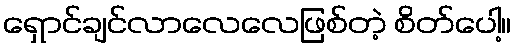
ရှောင်ချင်လာလေလေဖြစ်တဲ့ စိတ်ပေါ့။